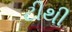
ટીથી